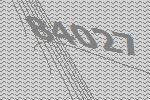
84027